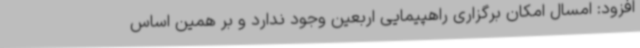
افزود: امسال امکان برگزاری راهپیمایی اربعین وجود ندارد و بر همین اساس